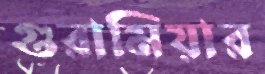
গুরামিয়ার